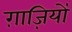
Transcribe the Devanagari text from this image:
ग़ाज़ियों